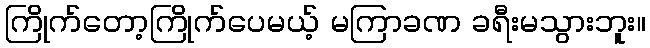
ကြိုက်တော့ကြိုက်ပေမယ့် မကြာခဏ ခရီးမသွားဘူး။